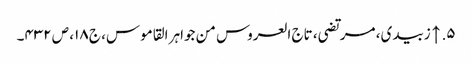
۵. ↑ زبیدی، مرتضی، تاج العروس من جواہر القاموس، ج ۱۸، ص ۴۳۲۔